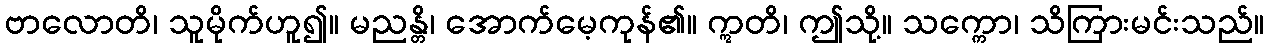
ဗာလောတိ၊ သူမိုက်ဟူ၍။ မညန္တိ၊ အောက်မေ့ကုန်၏။ ဣတိ၊ ဤသို့။ သက္ကော၊ သိကြားမင်းသည်။